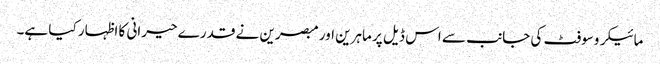
مائیکروسوفٹ کی جانب سے اس ڈیل پر ماہرین اور مبصرین نے قدرے حیرانی کا اظہار کیا ہے۔